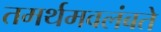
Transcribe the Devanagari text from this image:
तमर्थमवलंबते